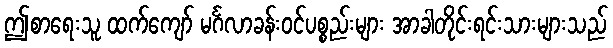
ဤစာရေးသူ ထက်ကျော် မင်္ဂလာခန်းဝင်ပစ္စည်းများ အာခါတိုင်းရင်းသားများသည်